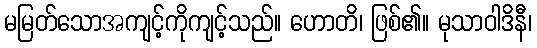
မမြတ်သောအကျင့်ကိုကျင့်သည်။ ဟောတိ၊ ဖြစ်၏။ မုသာဝါဒိနီ၊